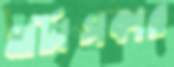
মার্টাসকার